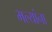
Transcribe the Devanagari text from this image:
भल्यांना